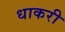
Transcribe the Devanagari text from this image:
धाकरी